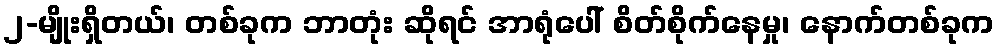
၂-မျိုးရှိတယ်၊ တစ်ခုက ဘာတုံး ဆိုရင် အာရုံပေါ် စိတ်စိုက်နေမှု၊ နောက်တစ်ခုက